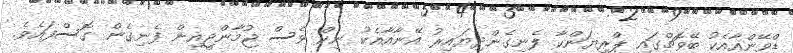
ޑްވޭންއާއެކު ބޭވޮޗްގައި ޕްރިޔަންކާ ފެނިގެންދިޔައިރު އޭނާއާއެކު ނިކް ވެސް ޖުމާންޖީއިން ފެނިގެން ގޮސްފައެވެ.